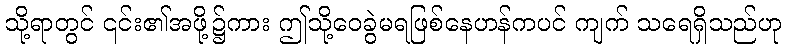
သို့ရာတွင် ၎င်း၏အဖို့၌ကား ဤသို့ဝေခွဲမရဖြစ်နေဟန်ကပင် ကျက် သရေရှိသည်ဟု